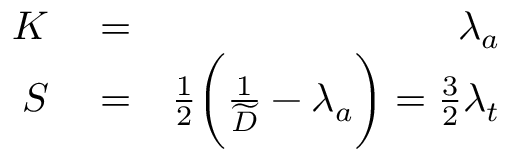
\begin{array} { r l r } { K } & { { } = } & { \lambda _ { a } } \\ { S } & { { } = } & { \frac { 1 } { 2 } \bigg ( \frac { 1 } { \widetilde D } - \lambda _ { a } \bigg ) = \frac { 3 } { 2 } \lambda _ { t } } \end{array}